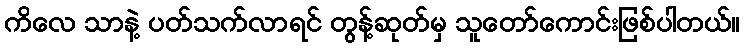
ကိလေ သာနဲ့ ပတ်သက်လာရင် တွန့်ဆုတ်မှ သူတော်ကောင်းဖြစ်ပါတယ်။